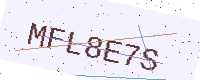
Text: MFL8E7S